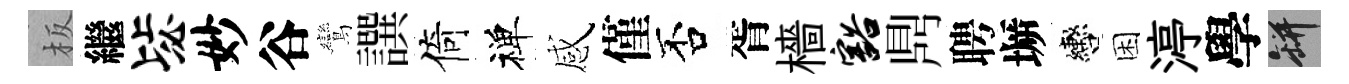
板繼毖妙谷鸞譔倚禅感僅否胥檣豁𪔂聘󶱲轡困渟學瓶